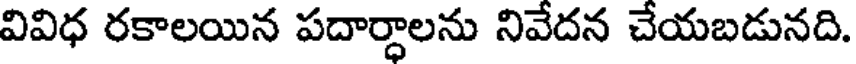
వివిధ రకాలయిన పదార్ధాలను నివేదన చేయబడునది.